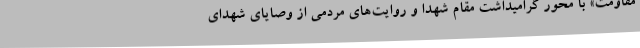
مقاومت» با محور گرامیداشت مقام شهدا و روایت‌های مردمی از وصایای شهدای